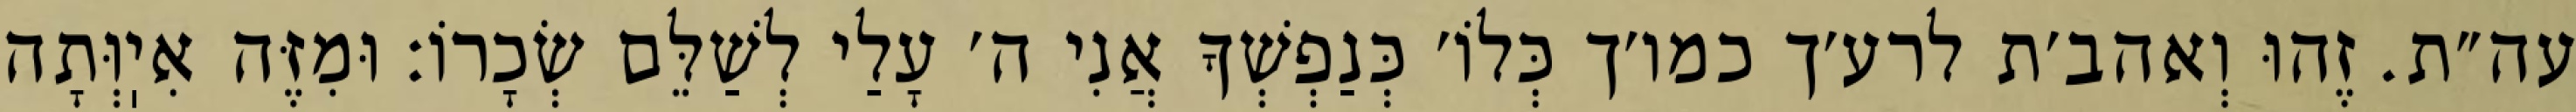
עה״ת. זֶהוּ וְאהב׳ת לרע׳ך כמו׳ך כְּלוֹ׳ כְּנַפְשְׁךָ אֲנִי ה׳ עָלַי לְשַׁלֵּם שְׂכָרוֹ: וּמִזֶּה אִיֽוְּתָה